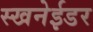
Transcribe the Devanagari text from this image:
स्खनेईडर